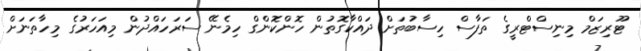
ޓޫރިޒަމް މިނިސްޓްރީގެ ތަފާސް ހިސާބުތަށް ދައްކާގޮތުން ހޮންކޮންގް ހިމެނޭ ސަރަހައްދުން މިއަހަރުގެ މިހާތަނަށް